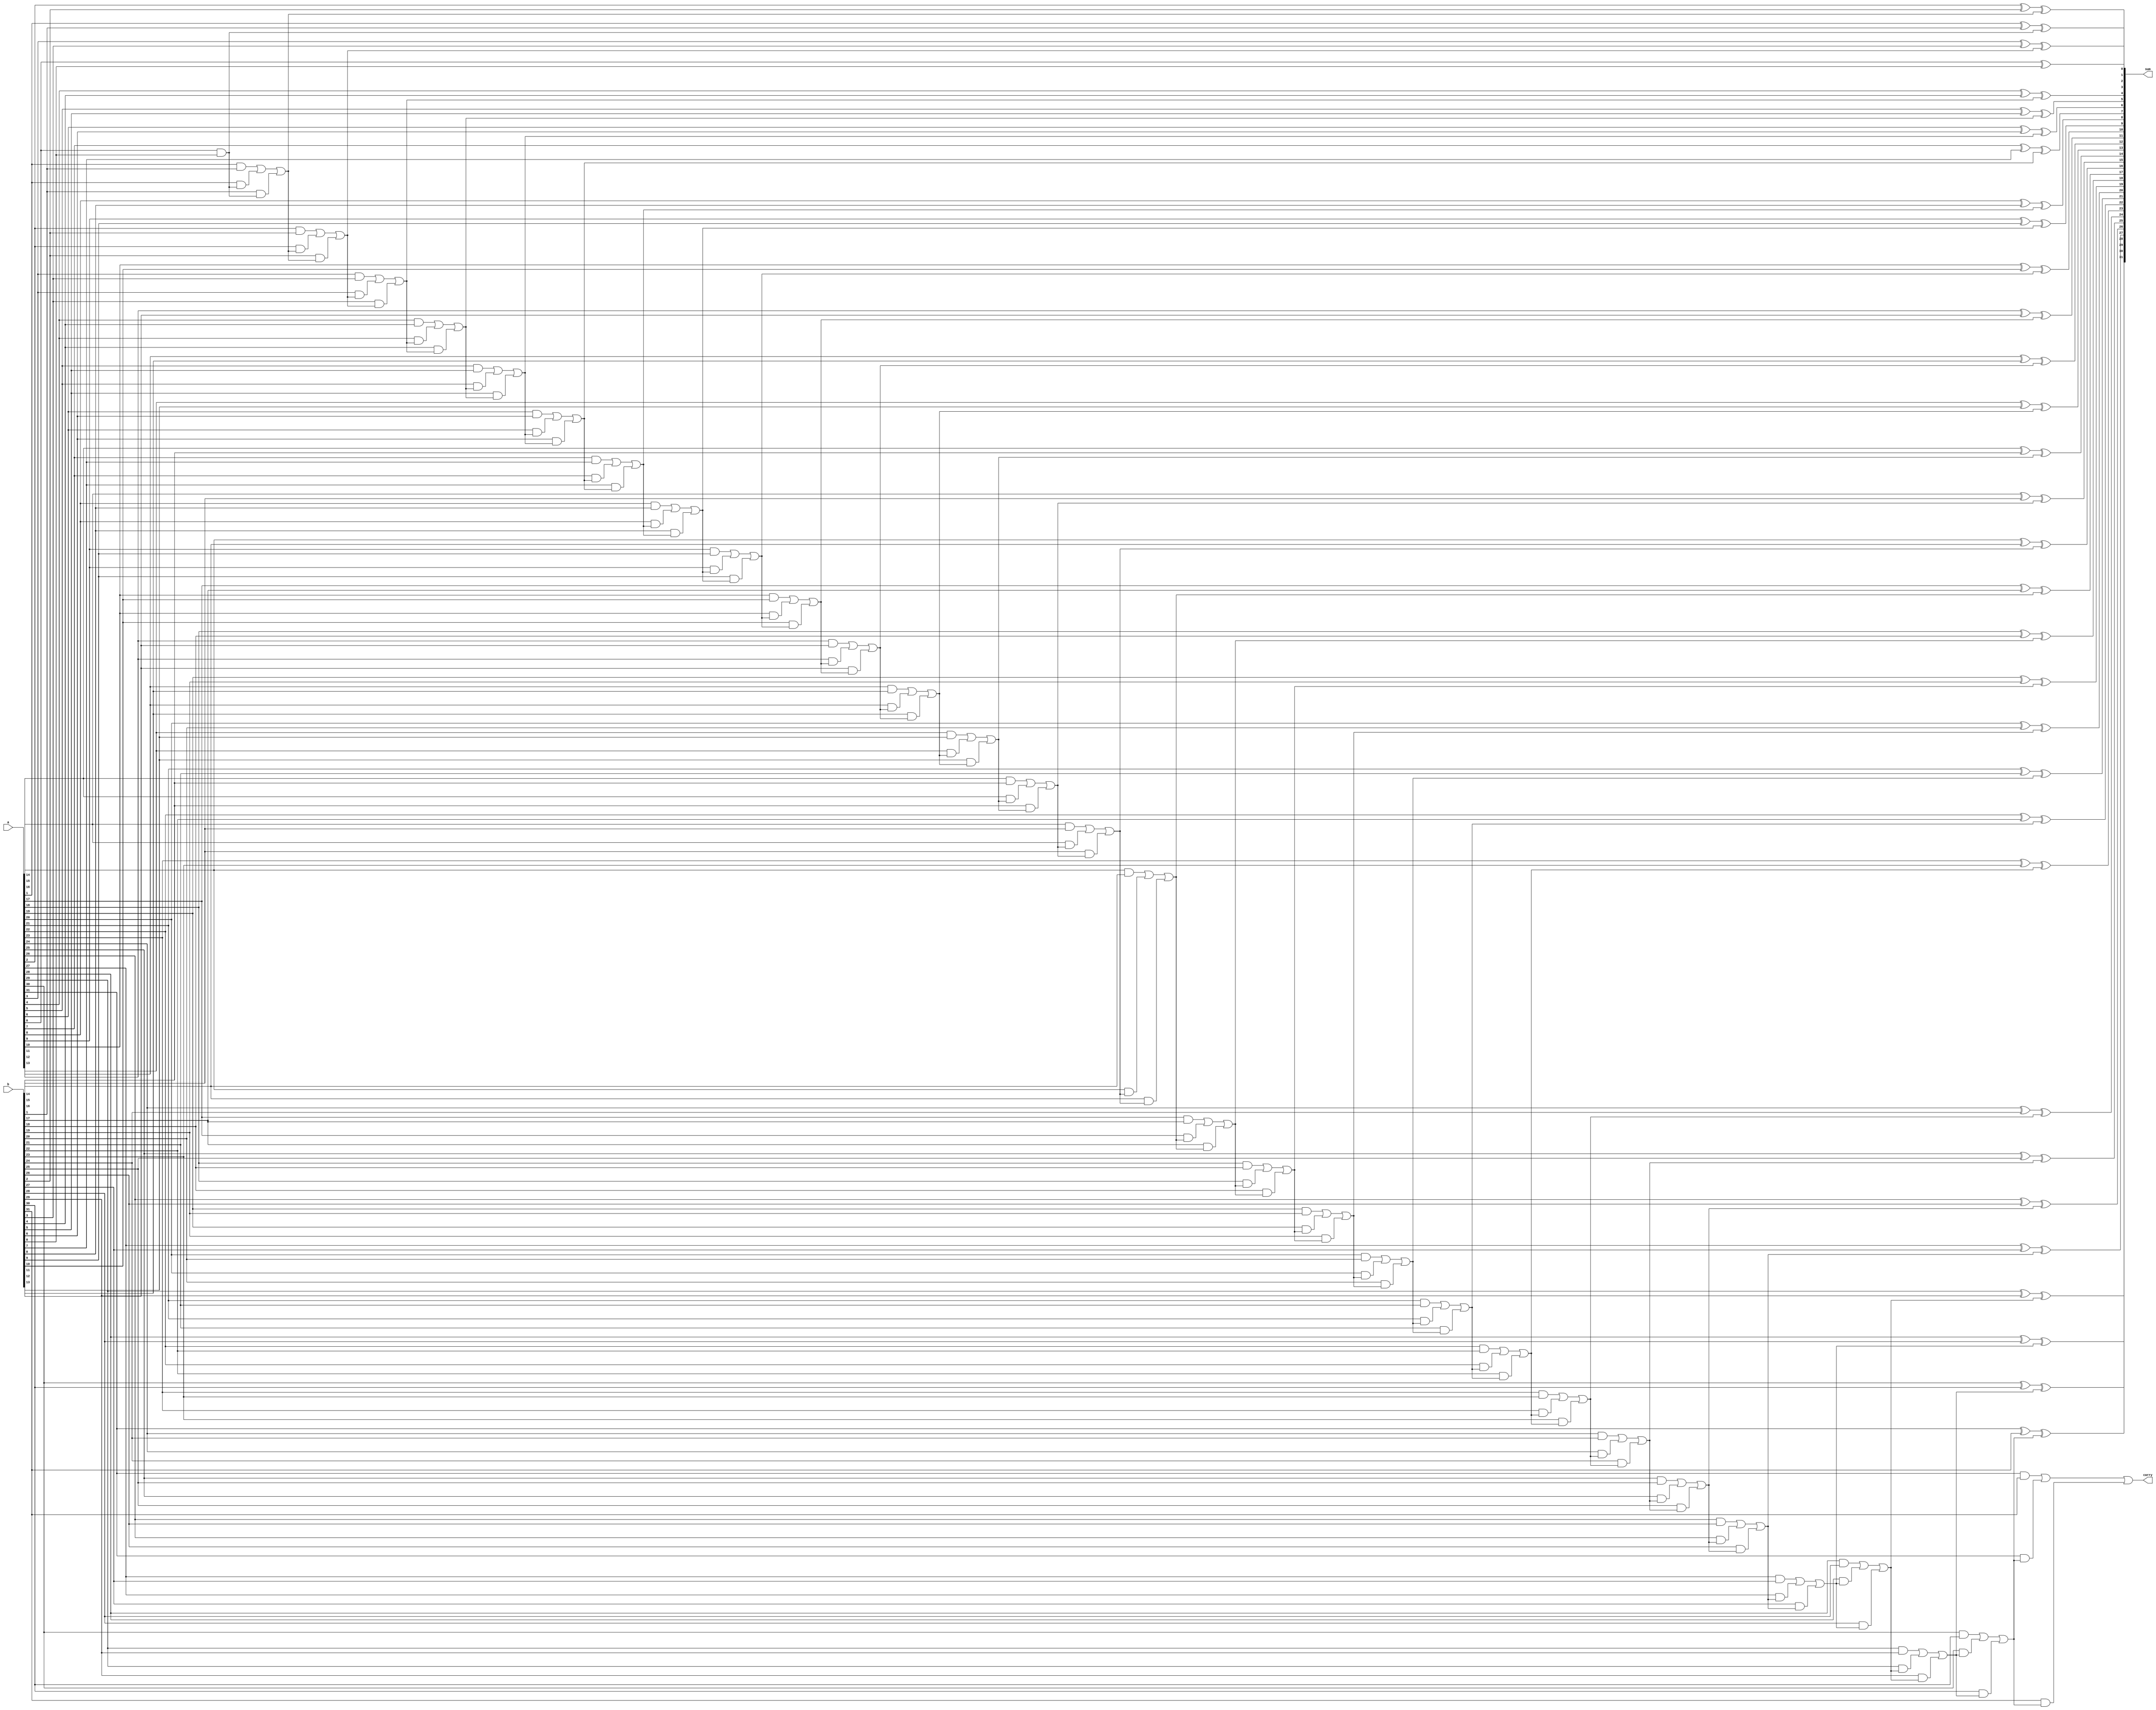
module adder (
    input 		[31:0]  	a,
    input 		[31:0]  	b,
    output reg 	[31:0] 		sum,
	output reg 		 		carry
);

    integer i;

    always @(*) begin
        carry = 0;
        for (i = 0; i < 32; i = i + 1) begin
            sum[i] = a[i] ^ b[i] ^ carry;
            carry = (a[i] & b[i]) | (a[i] & carry) | (b[i] & carry);
        end
    end

endmodule